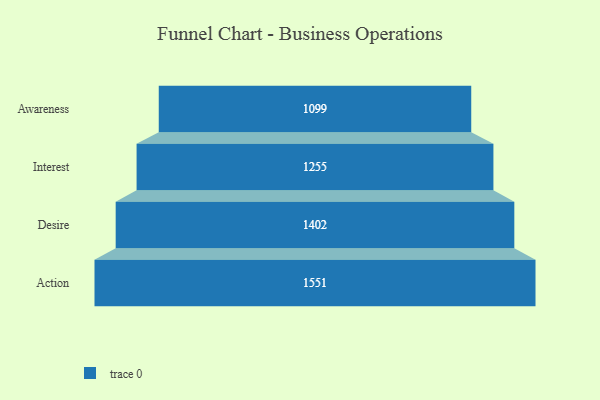
{"axis": {"x": "Stage", "y": "Value"}, "legend": [""], "data": [{"x": "Awareness", "y": 1099.0, "type": ""}, {"x": "Interest", "y": 1255.0, "type": ""}, {"x": "Desire", "y": 1402.0, "type": ""}, {"x": "Action", "y": 1551.0, "type": ""}]}